Leningradi_Edasi_toimetus, lk 3
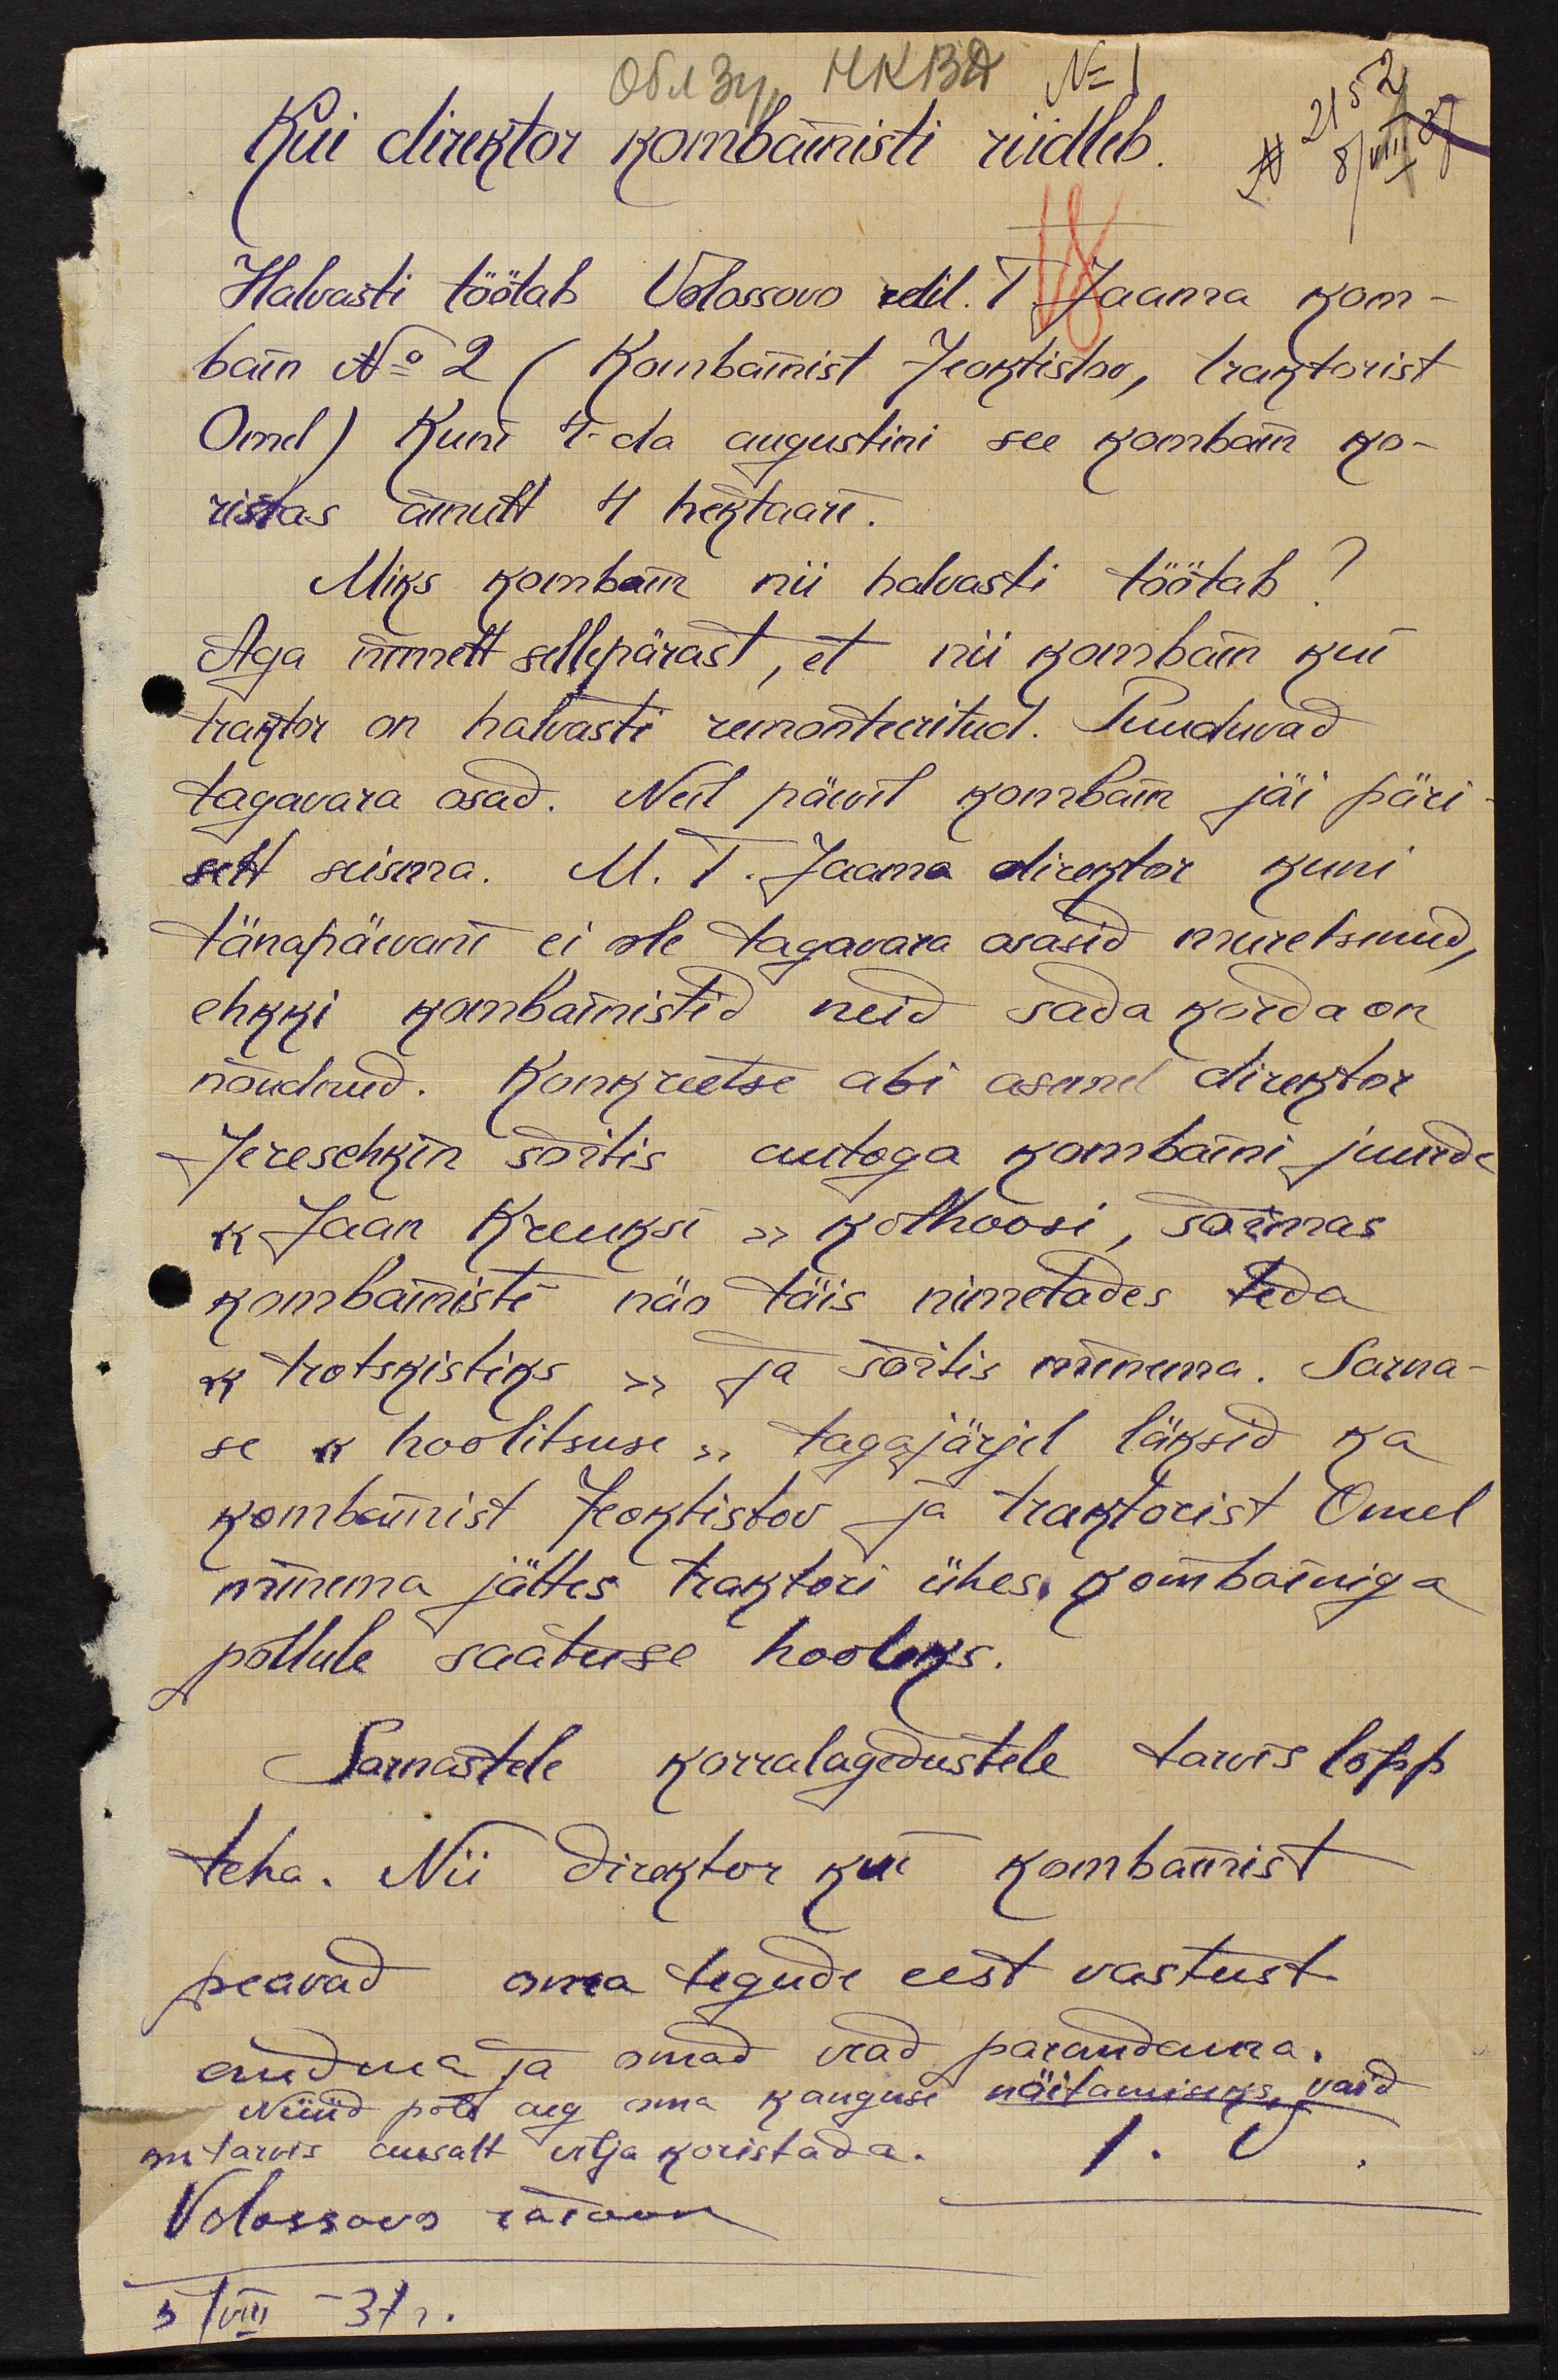
Kui direktor kombainsti riidleb.
Halvasti töötab Volossovo rdil. T. Jaama kom-
bain No 2 (Kombainist Jeoktistov, traktorist
Omel) Kuni 4-da augustini see kombain ko-
ristas ainult 4 hektaari.
Miks kombain nii halvasti töötab?
Aga nimelt sellepärast, et nii kombain kui
traktor on halvasti remonteeritud. Puuduvad
tagavara osad. Neil päevil kombain jäi päri-
selt seisma. M. T. Jaama direktor kuni
tänapäevani ei ole tagavara osasid muretsenud,
ehkki kombainistid neid sada korda on
nõudnud. Konkreetse abi asemel direktor
Jereschkin sõitis autoga kombaini juurde
"Jaan Kreuksi" kolhoosi, sõimas
kombainisti näo täis nimetades teda
"trotskistiks" ja sõitis minema. Sarna-
se "hoolitsuse" tagajärjel läksid ka
kombainist Jeoktistov ja traktorist Omel
minema jättes traktori ühes kombainiga
põllule saatuse hooleks.
Sarnastele korralagedustele tarvis lõpp
teha. Nii direktor kui kombainist
peavad oma tegude eest vastust
andma ja omad vead parandama.
Nüüd pole aeg oma kanguse näitamiseks, vaid
on tarvis ausalt vilja koristada.
Volossovo raioon
5/VIII – 37 г.